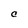
Character: C